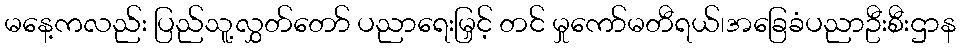
မနေ့ကလည်း ပြည်သူ့လွှတ်တော် ပညာရေးမြှင့် တင် မှုကော်မတီရယ်၊အခြေခံပညာဦးစီးဌာန